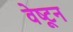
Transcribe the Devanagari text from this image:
वेष्टून